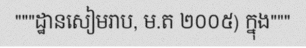
"""ដ្ឋានសៀមរាប, ម.ត ២០០៥) ក្នុង"""